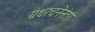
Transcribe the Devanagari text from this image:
ग्रंथरचनेनंतर